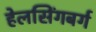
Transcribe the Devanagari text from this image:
हेलसिंगबर्ग